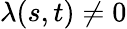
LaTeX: \lambda(s,t)\neq 0